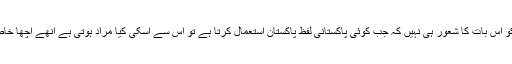
پہلے تو ارادہ کیا کہ شخصی سحر اور اندھی تقلید کے مرض میں مبتلا اِن لوگوں جنکو اس بات کا شعور ہی نہیں کہ جب کوئی پاکستانی لفظ پاکستان استعمال کرتا ہے تو اس سے اسکی کیا مراد ہوتی ہے اْنھے اچھا خاصا ایک لیکچر دوں کہ نونیاں، یوتھیا، انصافیا، جیالا یا متوالا ہونا ہماری پہچان نہیں۔